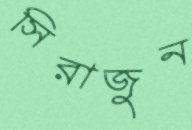
সিরাজুন